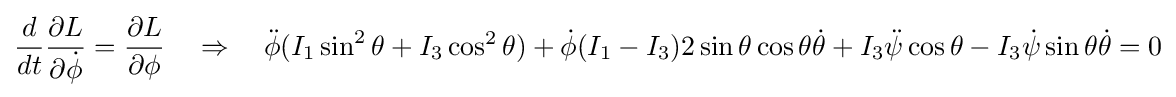
{\frac {d}{dt}}{\frac {\partial L}{\partial {\dot {\phi }}}}={\frac {\partial L}{\partial \phi }}\quad \Rightarrow \quad {\ddot {\phi }}(I_{1}\sin ^{2}\theta +I_{3}\cos ^{2}\theta )+{\dot {\phi }}(I_{1}-I_{3})2\sin \theta \cos \theta {\dot {\theta }}+I_{3}{\ddot {\psi }}\cos \theta -I_{3}{\dot {\psi }}\sin \theta {\dot {\theta }}=0